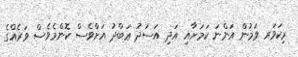
ރިކަވަރ ވަމުން އަންނަ ކަމަށާއި އަދި އަސަދު ޢަބްދު އަށްވެސް ކޮންމެވެސް ވަރެއްގެ